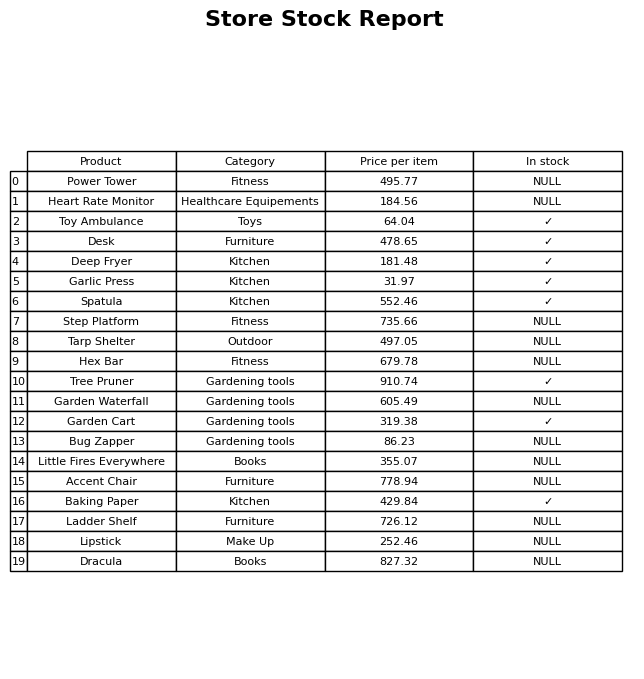
question: What is the price of the Tarp Shelter?
answer: The price of Tarp Shelter is 497.05.